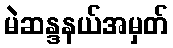
မဲဆန္ဒနယ်အမှတ်